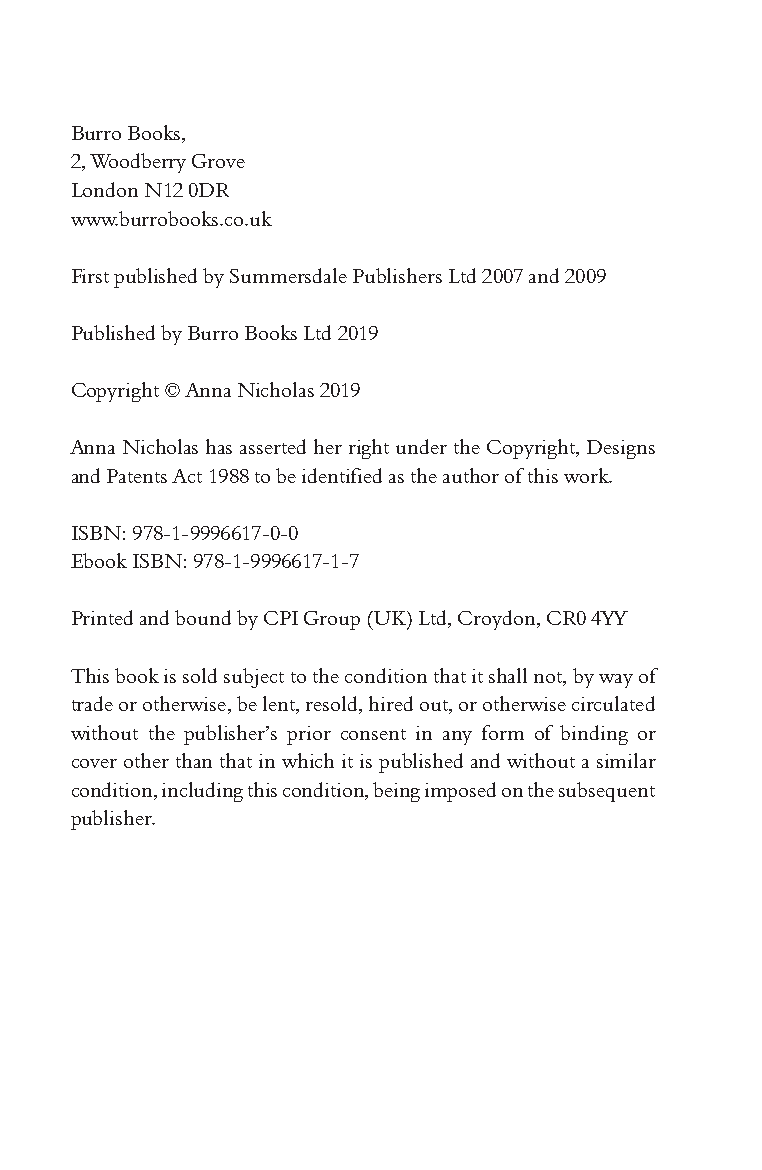
Burro Books,
 2, Woodberry Grove
 London N12 0DR
 www.burrobooks.co.uk
 First published by Summersdale Publishers Ltd 2007 and 2009
 Published by Burro Books Ltd 2019
 Copyright © Anna Nicholas 2019
 Anna Nicholas has asserted her right under the Copyright, Designs
 and Patents Act 1988 to be identified as the author of this work.
 ISBN: 978-1-9996617-0-0
 Ebook ISBN: 978-1-9996617-1-7
 Printed and bound by CPI Group (UK) Ltd, Croydon, CR0 4YY
 This book is sold subject to the condition that it shall not, by way of
 trade or otherwise, be lent, resold, hired out, or otherwise circulated
 without the publisher’s prior consent in any form of binding or
 cover other than that in which it is published and without a similar
 condition, including this condition, being imposed on the subsequent
 publisher.